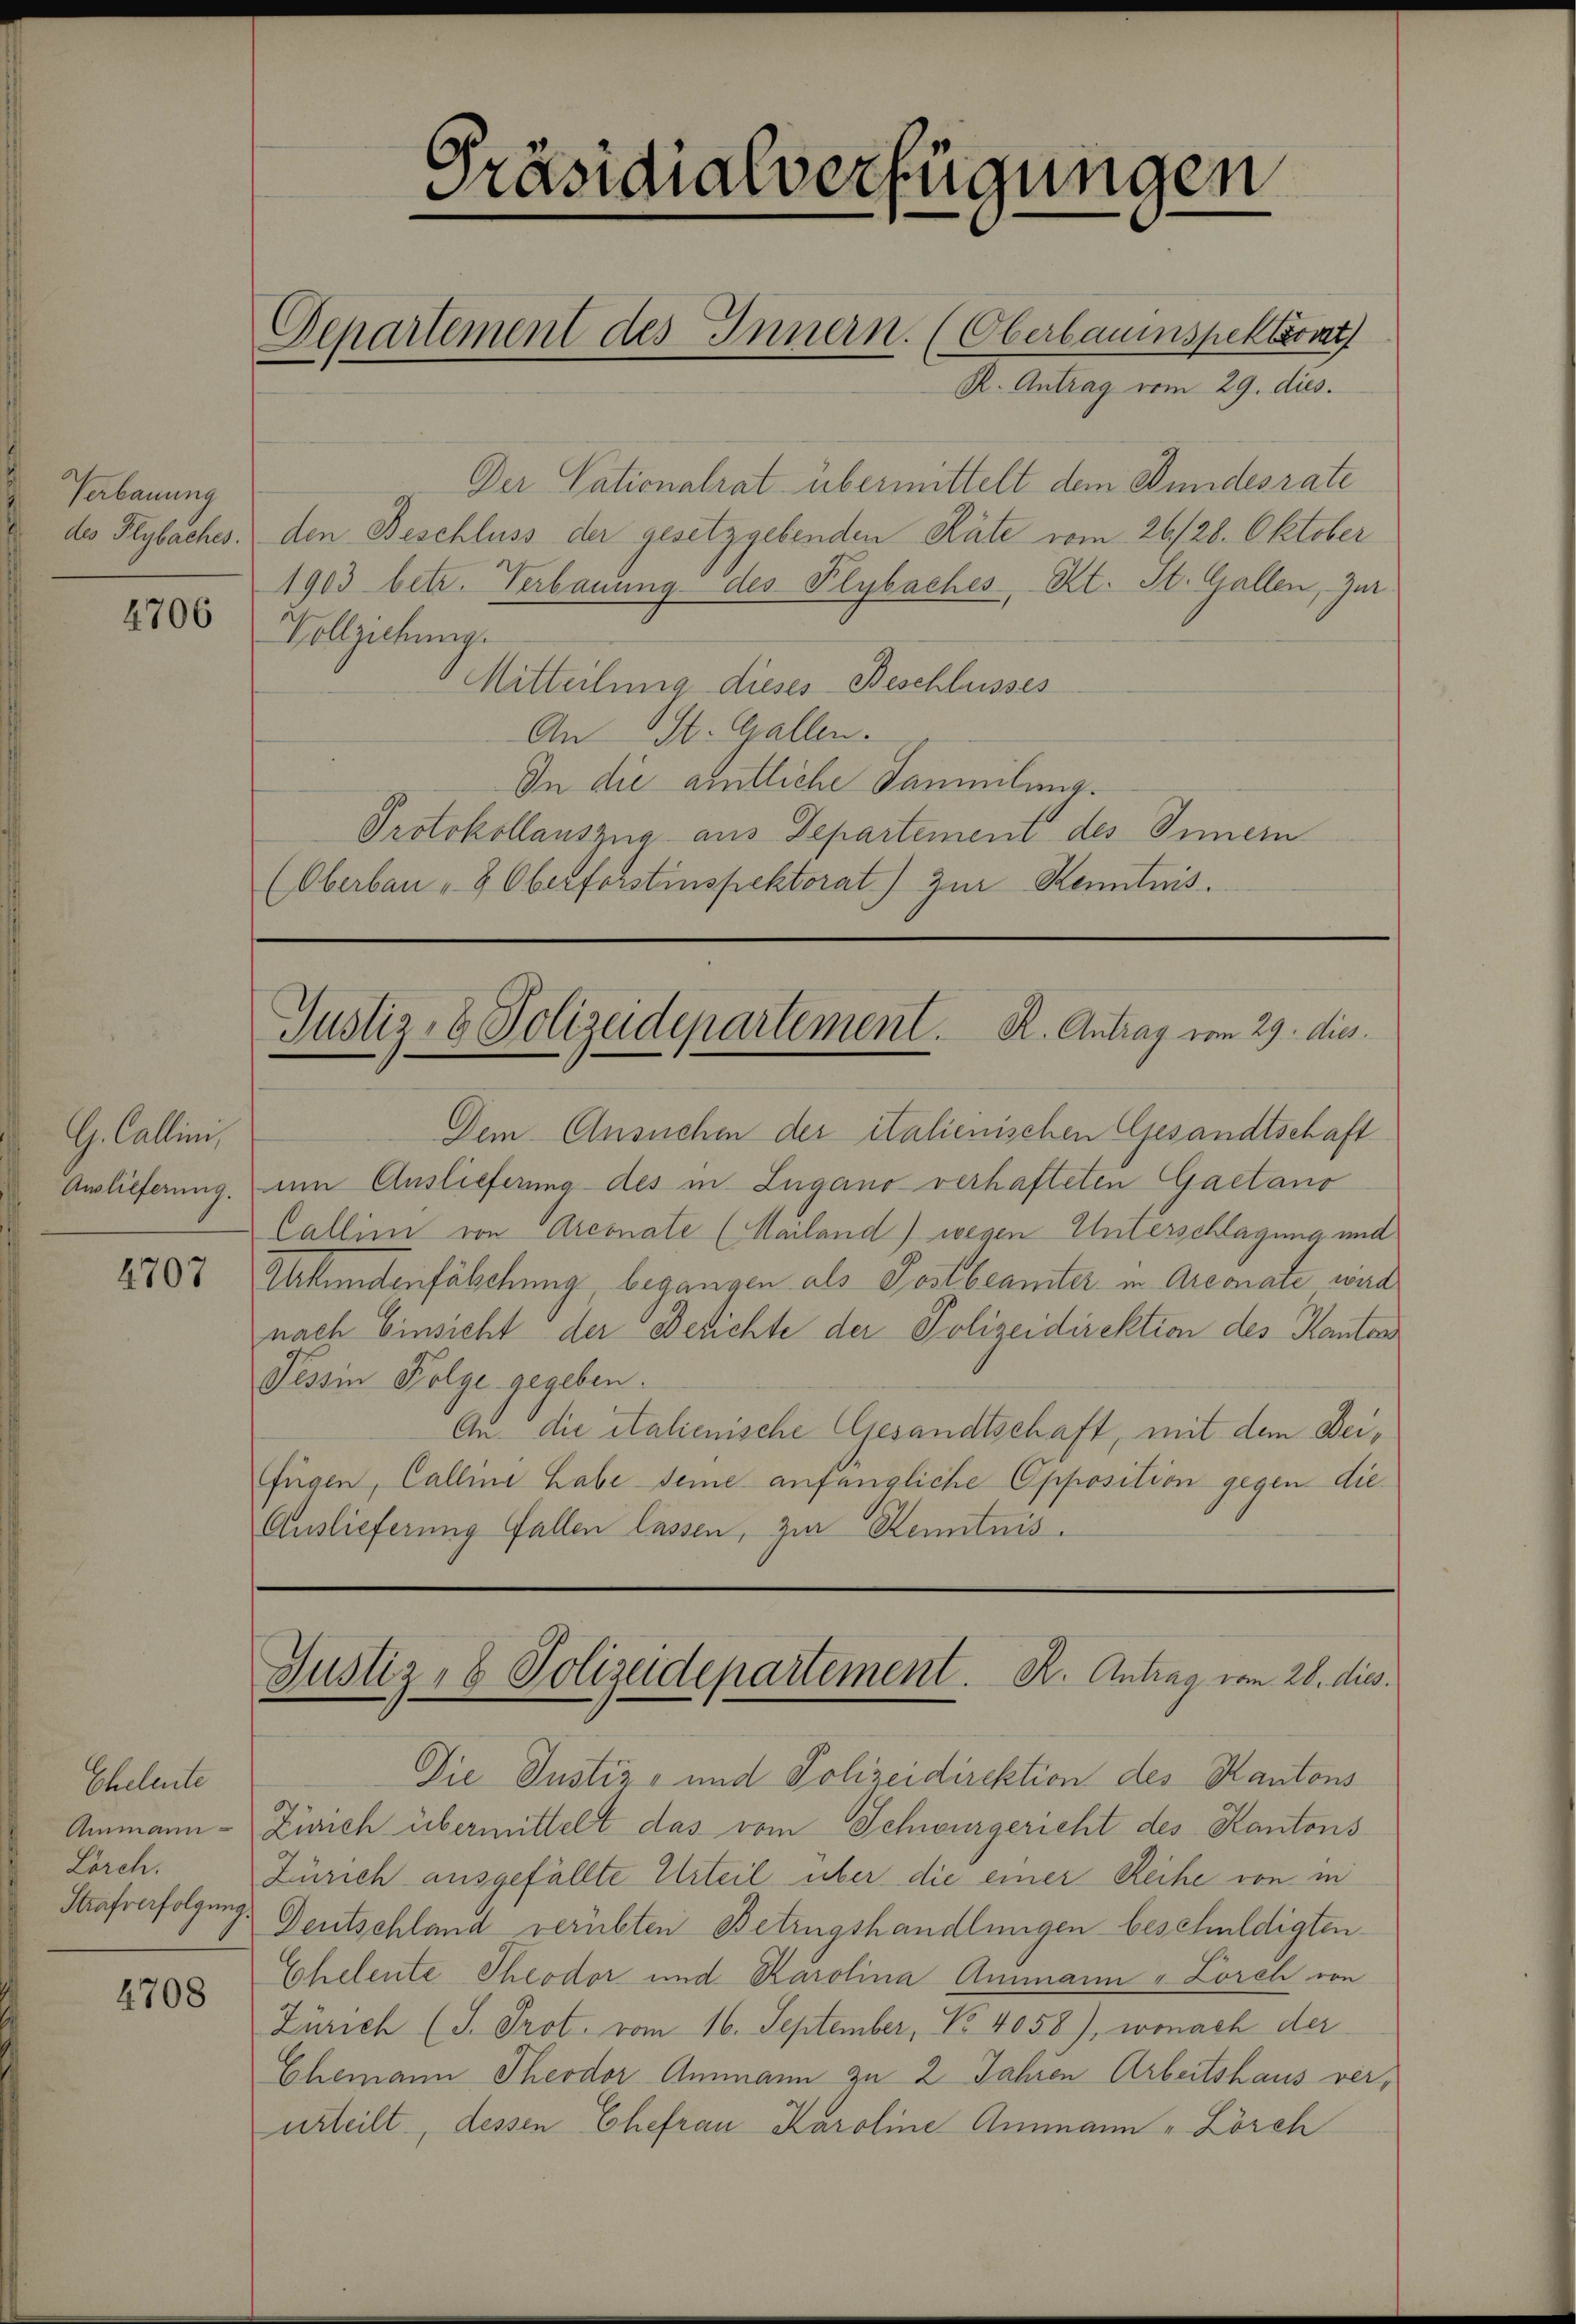
Verbauung

4706

G. Callen
Auslieferung.

4707

Eheleute
Lorch.
Strafverfolgung

4708

Departement des Innern. (Oberbauinspektort

R. Antrag vom 29. dies.
Der Sationalrat übermittelt dem Kindesrate
des Reybaches. den Beschluss der gesetzgebenden Räte vom 26./28. Oktober
1903 betr. Verbauung des Plybaches, Kt. St. Gallen, zur
Vollziehung.
Mitteilung dieses Beschlusses
An St. Gallen.
In die amtliche Sammlung.
Protokollauszug aus Departement des Innern
(Oberbau " 8 Oberforstinspektorat) zur Kenntnis.

Präsidialverfügungen

Justiz- & Polizeidepartement. R. Antrag vom 29. dies

Dem Ansuchen der italienischen Gesandtschaft
um Auslieferung des in Lugano verhafteten Gaetano
Callini von Arconate (Mailand) wegen Unterschlagung und
Urkundenfälschung, begangen als Postbeamter in Arconate wird
nach Einsicht der Besichte der Polizeidirektion des Kanton
Tessin Folge gegeben.
Au. die italienische Gesandtschaft, mit dem Bei¬
Fügen, Callini habe seine anfängliche Opposition gegen die¬
Auslieferung fallen lassen, zur Kenntnis.

Justiz- & Polizeidepartement. K. Antrag vom 28. dies.

Die Justiz- und Polizeidirektion des Kantons
Ammann - Zürich übermittelt das vom Schwurgericht des Kantons
Zürich ausgefällte Urteil über die einer Reihe von in
Deutschland verübten Betrugshandlungen beschuldigten
Ehelente Theodor und Karolina Ammann - Lorch von
Zürich (I. Prot. vom 16. September, No. 4058), wonach der
Chemann Theodor Ammann zu 2 Jahren Arbeitshaus verurteilt, dessen Ehefrau Karoline Ammann „Lörch